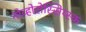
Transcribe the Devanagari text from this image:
नोव्होरोस्सिय्स्क